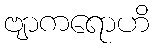
ဗျာကရောဟိ